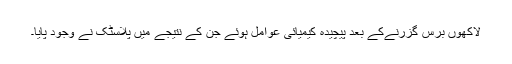
لاکھوں برس گزرنےکے بعد پیچیدہ کیمیائی عوامل ہوئے جن کے نتیجے میں پلاسٹک نے وجود پایا۔